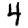
Digit: 4